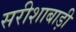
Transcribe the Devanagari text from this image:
सरीशाबाड़ी